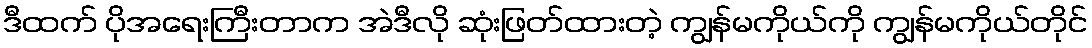
ဒီထက် ပိုအရေးကြီးတာက အဲဒီလို ဆုံးဖြတ်ထားတဲ့ ကျွန်မကိုယ်ကို ကျွန်မကိုယ်တိုင်